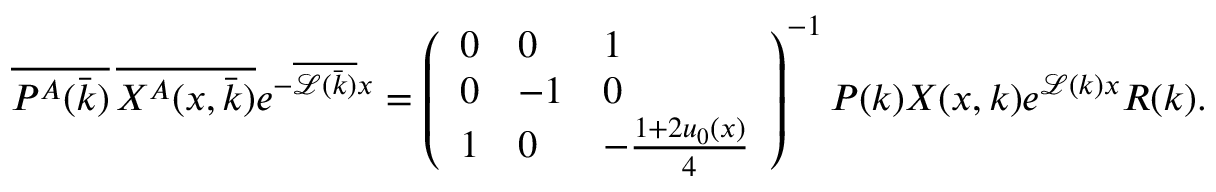
\begin{array} { r } { \overline { { P ^ { A } ( \bar { k } ) } } \, \overline { { X ^ { A } ( x , \bar { k } ) } } e ^ { - \overline { { \mathcal { L } ( \bar { k } ) } } x } = \left( \begin{array} { l l l } { 0 } & { 0 } & { 1 } \\ { 0 } & { - 1 } & { 0 } \\ { 1 } & { 0 } & { - \frac { 1 + 2 u _ { 0 } ( x ) } { 4 } } \end{array} \right) ^ { - 1 } P ( k ) X ( x , k ) e ^ { \mathcal { L } ( k ) x } R ( k ) . } \end{array}